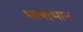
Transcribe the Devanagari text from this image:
भाषाभान